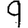
Digit: 9